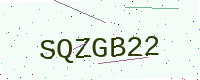
Text: SQZGB22